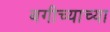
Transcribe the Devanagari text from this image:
बगीच्याच्या